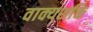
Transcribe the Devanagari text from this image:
वाक्यशक्ति